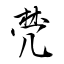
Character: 棾